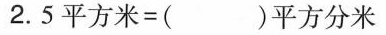
2.5平方米=( )平方分米